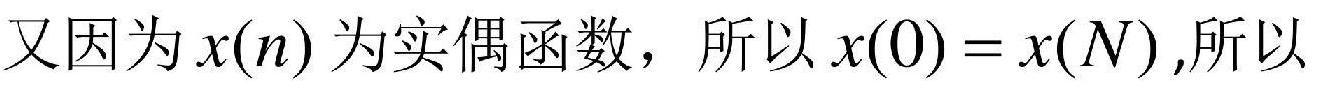
又因为$x(n)$为实偶函数，所以$x(0)=x(N)$,所以